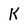
Character: k